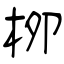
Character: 栁